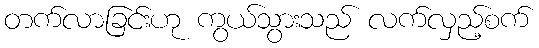
တက်လာခြင်းဟု ကွယ်သွားသည် လက်လှည့်စက်